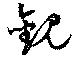
觀